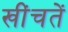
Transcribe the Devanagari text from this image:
खींचतें